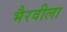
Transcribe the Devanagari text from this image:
भैरवीला